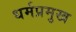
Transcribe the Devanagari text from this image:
धर्मप्रमुख